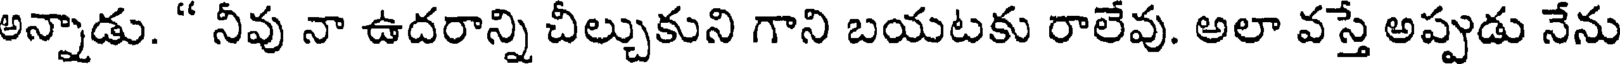
అన్నాడు. " నీవు నా ఉదరాన్ని చీల్చుకుని గాని బయటకు రాలేవు. అలా వస్తే అప్పుడు నేను